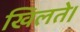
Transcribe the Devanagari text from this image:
खिलते।